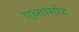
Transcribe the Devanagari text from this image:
एव्तामोट